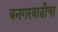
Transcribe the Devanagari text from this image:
बनगरवाडीचा